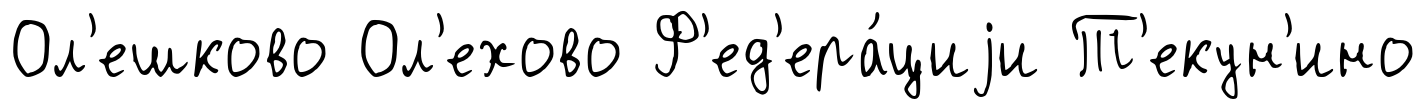
Ол'ешково Ол'ехово Ф'ед'ера́циjи Т'екун'ино